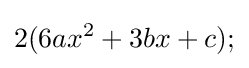
2(6ax^{2}+3bx+c);